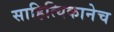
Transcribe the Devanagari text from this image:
साहित्यिकानेच